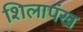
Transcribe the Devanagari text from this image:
शिलापंख